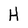
Character: H